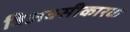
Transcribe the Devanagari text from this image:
विअक्सीकारक